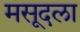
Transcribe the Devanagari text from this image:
मसूदला